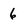
Character: 6